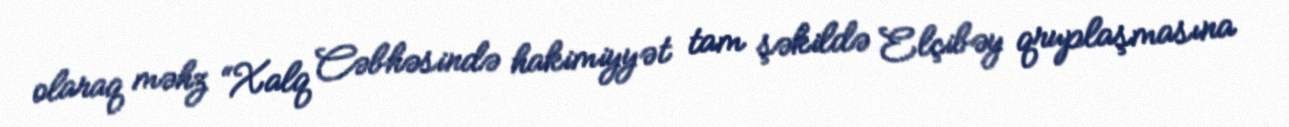
olaraq məhz “Xalq Cəbhəsində hakimiyyət tam şəkildə Elçibəy qruplaşmasına